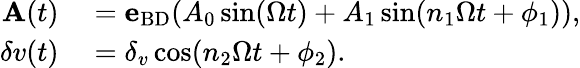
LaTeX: \begin{array}{rl}{{\mathbf A}(t)}&{{}={\mathbf e}_{\mathrm{BD}}(A_{0}\sin(\Omega t)+A_{1}\sin(n_{1}\Omega t+\phi_{1})),}\\ {\delta v(t)}&{{}=\delta_{v}\cos(n_{2}\Omega t+\phi_{2}).}\end{array}